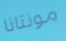
مونتانا